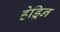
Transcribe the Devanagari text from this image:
हेड्रिन